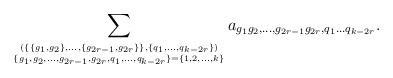
LaTeX: \begin{align*}\sum_{\stackrel{(\{\{g_1, g_2\}, \ldots, \{g_{2r-1}, g_{2r}\}\}, \{q_1, \ldots, q_{k-2r}\})}{{}_{\{g_1, g_2, \ldots, g_{2r-1}, g_{2r}, q_1, \ldots, q_{k-2r}\}=\{1, 2, \ldots, k\}}}}a_{g_1 g_2, \ldots, g_{2r-1} g_{2r}, q_1 \ldots q_{k-2r}}.\end{align*}